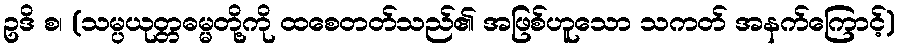
ဥဒိ စ၊ (သမ္ပယုတ္တဓမ္မတို့ကို ထစေတတ်သည်၏ အဖြစ်ဟူသော သကတ် အနက်ကြောင့်)